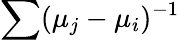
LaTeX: \sum(\mu_{j}-\mu_{i})^{-1}